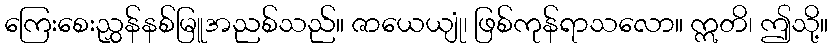
ကြေးစေးညွှန်နစ်မြူအညစ်သည်။ ဇာယေယျုံ၊ ဖြစ်ကုန်ရာသလော။ ဣတိ၊ ဤသို့။